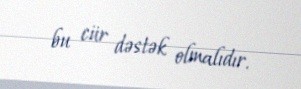
bu cür dəstək olmalıdır.